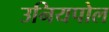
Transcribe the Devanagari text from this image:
उनियपोल